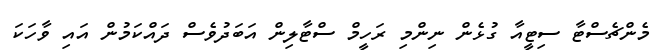
މެންޗެސްޓާ ސިޓީއާ ގުޅެން ނިންމި ރަހީމް ސްޓާލިން އަބަދުވެސް ދައްކަމުން އައި ވާހަކަ